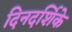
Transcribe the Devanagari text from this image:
दिनदर्शिके